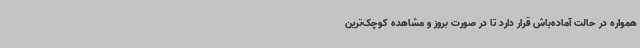
همواره در حالت آماده‌باش قرار دارد تا در صورت بروز و مشاهده کوچک‌ترین